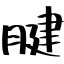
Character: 腱